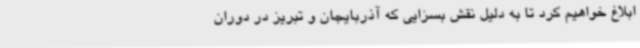
ابلاغ خواهیم کرد تا به دلیل نقش بسزایی که آذربایجان و تبریز در دوران